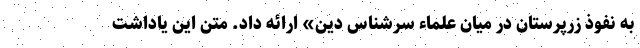
به نفوذ زرپرستان در میان علماء سرشناس دین» ارائه داد. متن این یاداشت